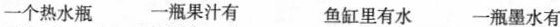
一个热水瓶 一瓶果汁有 鱼缸里有水 一瓶墨水有